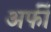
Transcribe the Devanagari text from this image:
अर्फी